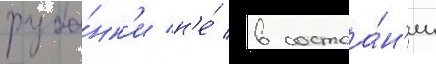
руба́нк'и н'е́ в состоа́н'ии